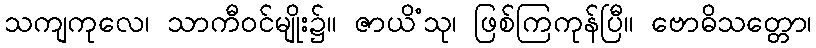
သကျကုလေ၊ သာကီဝင်မျိုး၌။ ဇာယိံသု၊ ဖြစ်ကြကုန်ပြီ။ ဗောဓိသတ္တော၊